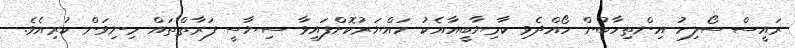
ރައީސް ސޯލިހު އިންތިހާބުން ހޯއްދެވި ކާމިޔާބީއާއެކު ހައްޔަރުކޮށްފައިވާ ސިޔާސީ ފަރާތްތައް މިނިވަން ކުރިއެވެ.